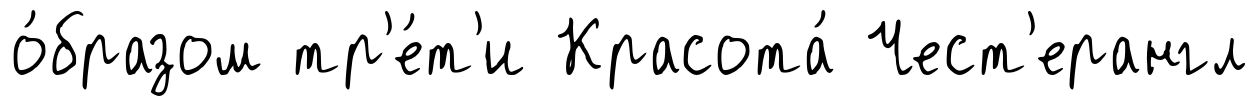
о́бразом тр'е́т'и Красота́ Чест'ерангл